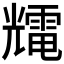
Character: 𰃕